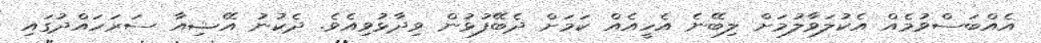
އެއްބަސްވުމެއް އެކުލަވާލުމަށް ލިބޭނެ އެހީއެއް ކަމަށް ދެބޭފުޅުން ވިދާޅުވިއެވެ. ދެކުނު އޭޝިއާ ސަރަހައްދުގައި